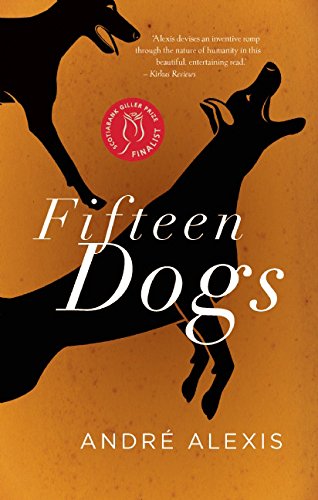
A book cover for Fifteen Dogs; Andre Alexis; Science Fiction & Fantasy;